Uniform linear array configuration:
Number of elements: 12
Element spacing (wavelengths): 0.5
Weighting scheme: hamming
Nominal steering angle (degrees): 60
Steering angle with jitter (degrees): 58.81
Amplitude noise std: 0.05
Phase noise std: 0.05

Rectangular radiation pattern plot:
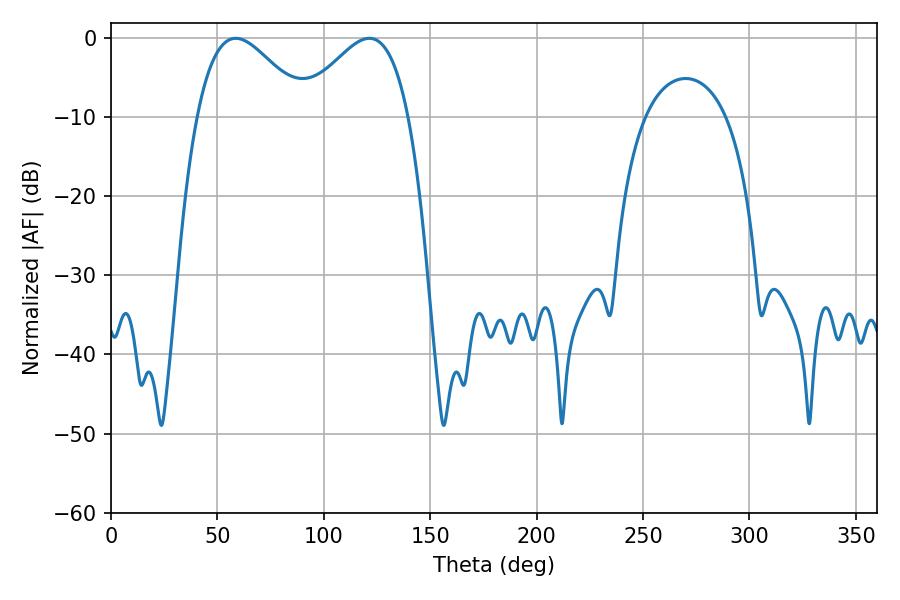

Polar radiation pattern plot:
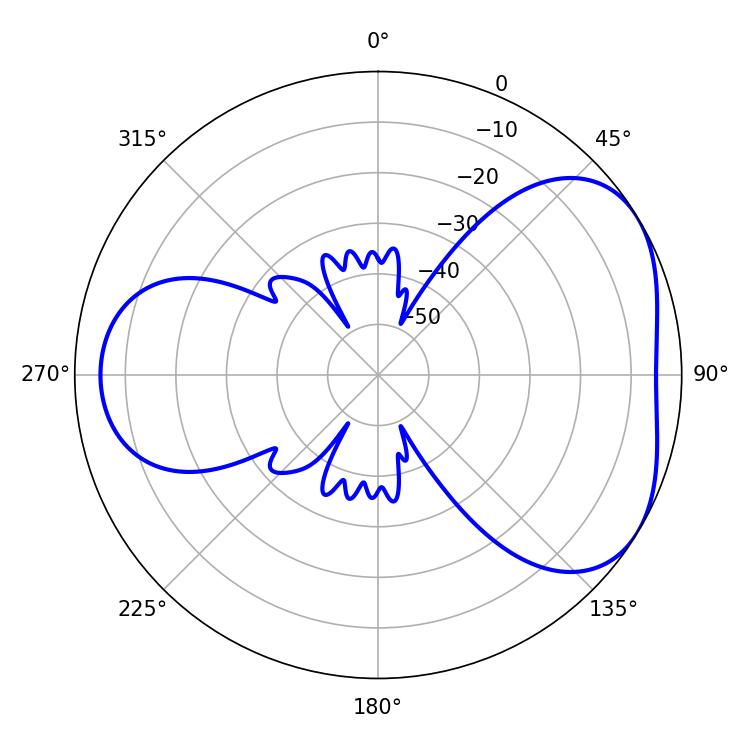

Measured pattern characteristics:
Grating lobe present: FALSE
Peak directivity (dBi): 4.285
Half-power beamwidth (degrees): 27.54
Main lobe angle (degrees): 58.68